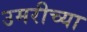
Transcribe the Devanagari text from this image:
उमरीच्या